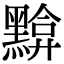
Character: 黭